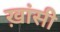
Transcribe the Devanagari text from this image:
ख़ांसी